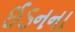
ઈડનના